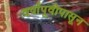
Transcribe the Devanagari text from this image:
वर्षांपूवीपासून